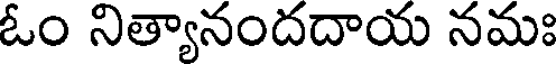
ఓం నిత్యానందదాయ నమః